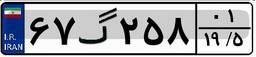
۶۷گ۲۵۸۰۱